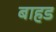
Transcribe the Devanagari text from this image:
बाहड